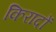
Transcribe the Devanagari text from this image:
किरादों